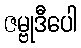
ဇမ္ဗုဒီပေါ